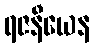
ရဇနီယေန